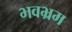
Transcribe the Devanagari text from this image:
भवभ्रम